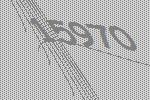
15970